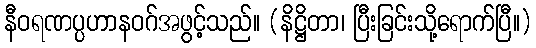
နီဝရဏပ္ပဟာနဝဂ်အဖွင့်သည်။ (နိဋ္ဌိတာ၊ ပြီးခြင်းသို့ရောက်ပြီ။)